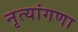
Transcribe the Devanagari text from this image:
नृत्यांगणा